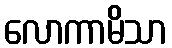
လောကာမိသာ